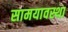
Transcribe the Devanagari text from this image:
सामयावस्था